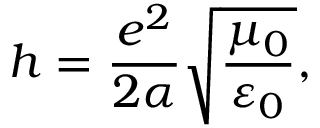
h = \frac { e ^ { 2 } } { 2 \alpha } \sqrt { \frac { \mu _ { 0 } } { \varepsilon _ { 0 } } } ,